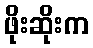
ဖိုးဆိုးက